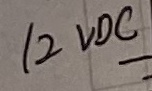
Text: 12VDC